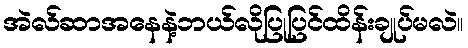
အဲလ်ဆာအနေနဲ့ဘယ်လိုပြုပြင်ထိန်းချုပ်မလဲ။